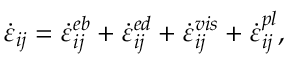
\dot { \varepsilon } _ { i j } = \dot { \varepsilon } _ { i j } ^ { e b } + \dot { \varepsilon } _ { i j } ^ { e d } + \dot { \varepsilon } _ { i j } ^ { v i s } + \dot { \varepsilon } _ { i j } ^ { p l } ,